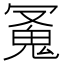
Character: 𩲛